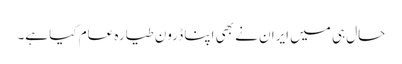
حال ہی میں ایران نے بھی اپنا ڈرون طیارہ عام کیا ہے۔